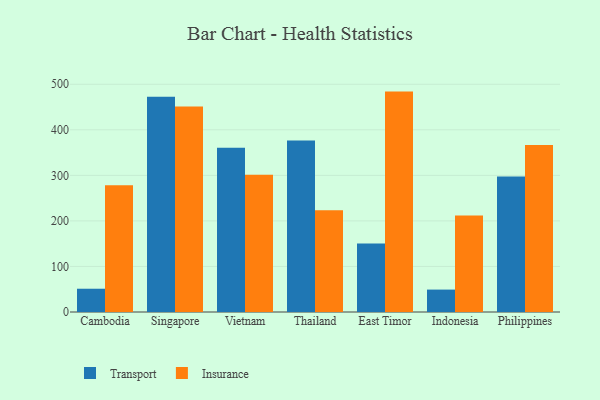
{"axis": {"x": "Country", "y": "Churn Rate (%)"}, "legend": ["Insurance", "Transport"], "data": [{"x": "Cambodia", "y": 51.1, "type": "Transport"}, {"x": "Cambodia", "y": 278.2, "type": "Insurance"}, {"x": "Singapore", "y": 472.6, "type": "Transport"}, {"x": "Singapore", "y": 451.1, "type": "Insurance"}, {"x": "Vietnam", "y": 360.5, "type": "Transport"}, {"x": "Vietnam", "y": 301.5, "type": "Insurance"}, {"x": "Thailand", "y": 376.8, "type": "Transport"}, {"x": "Thailand", "y": 223.3, "type": "Insurance"}, {"x": "East Timor", "y": 150.4, "type": "Transport"}, {"x": "East Timor", "y": 483.9, "type": "Insurance"}, {"x": "Indonesia", "y": 49.2, "type": "Transport"}, {"x": "Indonesia", "y": 212.0, "type": "Insurance"}, {"x": "Philippines", "y": 297.6, "type": "Transport"}, {"x": "Philippines", "y": 366.9, "type": "Insurance"}]}